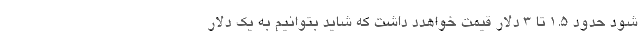
شود حدود ۱.۵ تا ۳ دلار قیمت خواهدد داشت که شاید بتوانیم به یک دلار